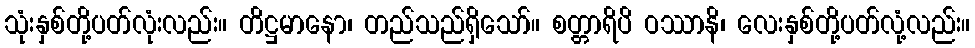
သုံးနှစ်တို့ပတ်လုံးလည်း။ တိဋ္ဌမာနော၊ တည်သည်ရှိသော်။ စတ္တာရိပိ ဝဿာနိ၊ လေးနှစ်တို့ပတ်လုံ့လည်း။